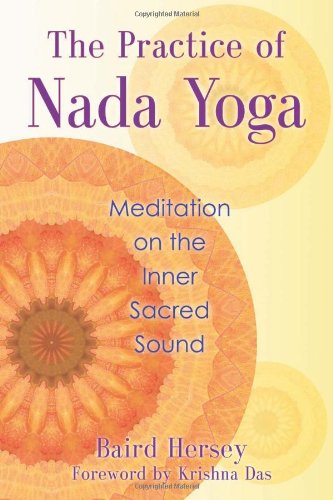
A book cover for The Practice of Nada Yoga: Meditation on the Inner Sacred Sound; Baird Hersey; Religion & Spirituality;